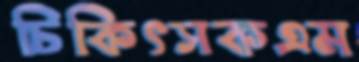
চিকিৎসকএম